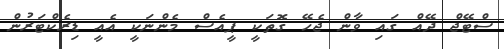
ސްޓޭޖް ދޭއް ގައި ވާން ޖެހޭ ގޮތަކީ ޕީއެސް މެންނަކީ އެއީ ޑިރެކްޓަރުން